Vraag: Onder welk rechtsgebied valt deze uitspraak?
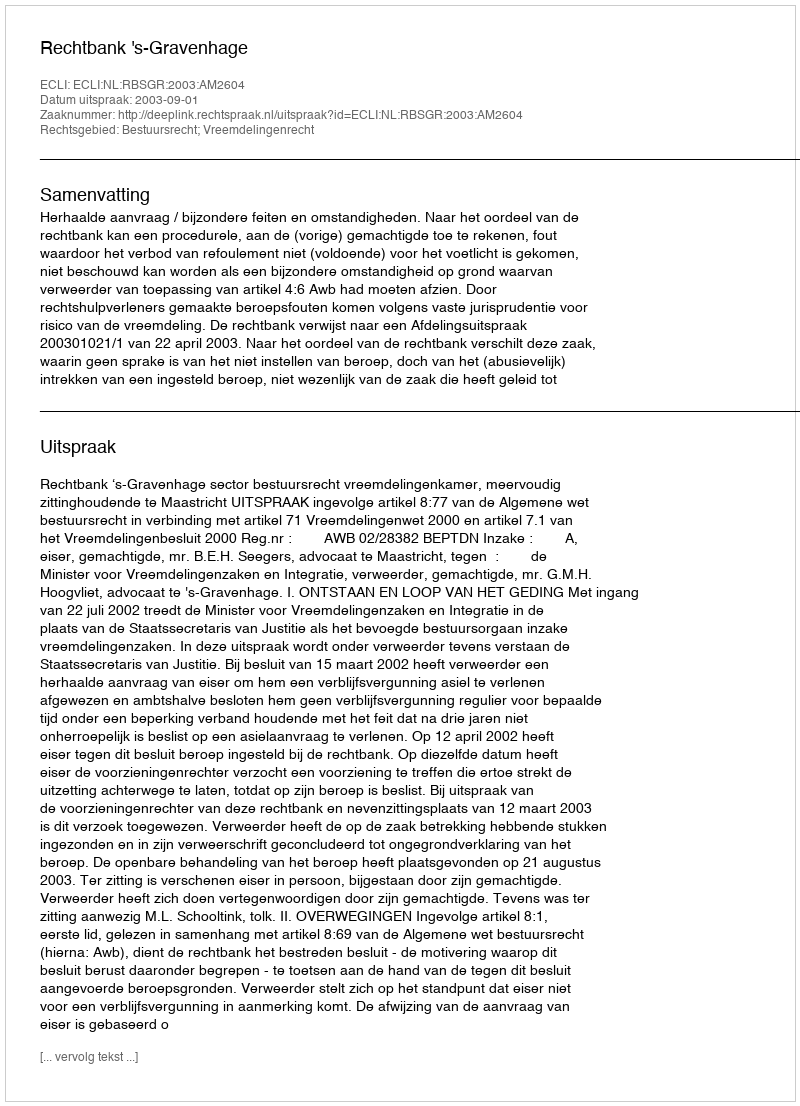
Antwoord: Bestuursrecht; Vreemdelingenrecht